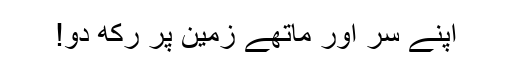
اپنے سر اور ماتھے زمین پر رکھ دو!